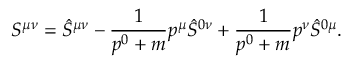
S ^ { \mu \nu } = \hat { S } ^ { \mu \nu } - \frac { 1 } { p ^ { 0 } + m } p ^ { \mu } \hat { S } ^ { 0 \nu } + \frac { 1 } { p ^ { 0 } + m } p ^ { \nu } \hat { S } ^ { 0 \mu } .